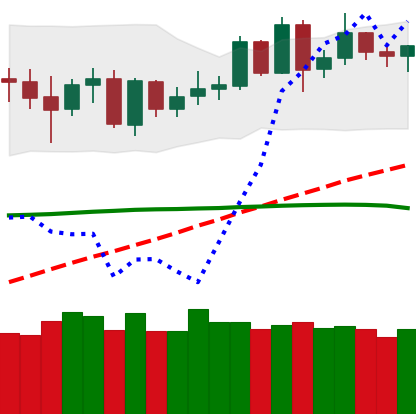
Ticker: DOGE-USD
Chart end date: 2020-06-07
Forward return: -3.3%
Label: down_3_5